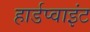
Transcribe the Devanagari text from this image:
हार्डप्वाइंट